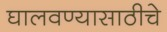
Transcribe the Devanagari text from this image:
घालवण्यासाठीचे